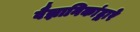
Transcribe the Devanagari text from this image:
वैज्ञानिकांद्वारे